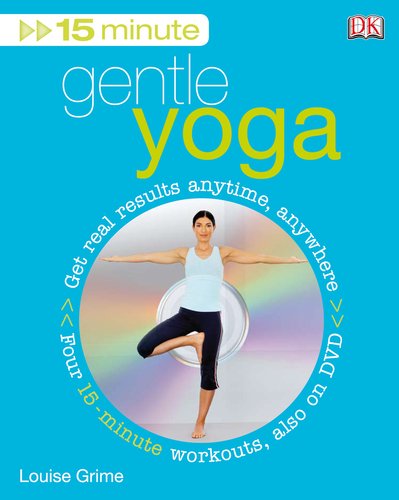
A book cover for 15 Minute Gentle Yoga; Louise Grime; Health, Fitness & Dieting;